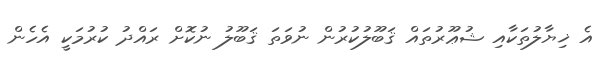
އެ ޚިޔާލުތަކާއި ޝުޢޫރުތައް ޤަބޫލުކުރުން ނުވަތަ ޤަބޫލު ނުކޮށް ރައްދު ކުރުމަކީ އެހެން